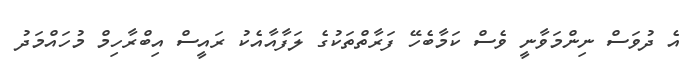
އެ ދުވަސް ނިންމަވާނީ ވެސް ކަމާބެހޭ ފަރާތްތަކުގެ ލަފާއާއެކު ރައީސް އިބްރާހިމް މުހައްމަދު